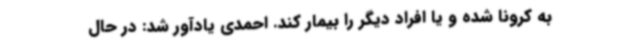
به کرونا شده و یا افراد دیگر را بیمار کند. احمدی یادآور شد: در حال